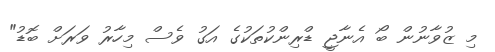
މި ޒުވާނުން ބޯ އެނާޖީ ޑްރިންކުތަކުގެ އަގު ވެސް މިހާރު ވަރަށް ބޮޑު"